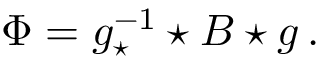
\Phi = g _ { \star } ^ { - 1 } \star B \star g \, .